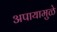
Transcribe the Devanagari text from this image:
अपायामुळे